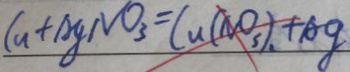
C u + A g N O _ { 3 } = C u ( N O _ { 3 } ) , + A g